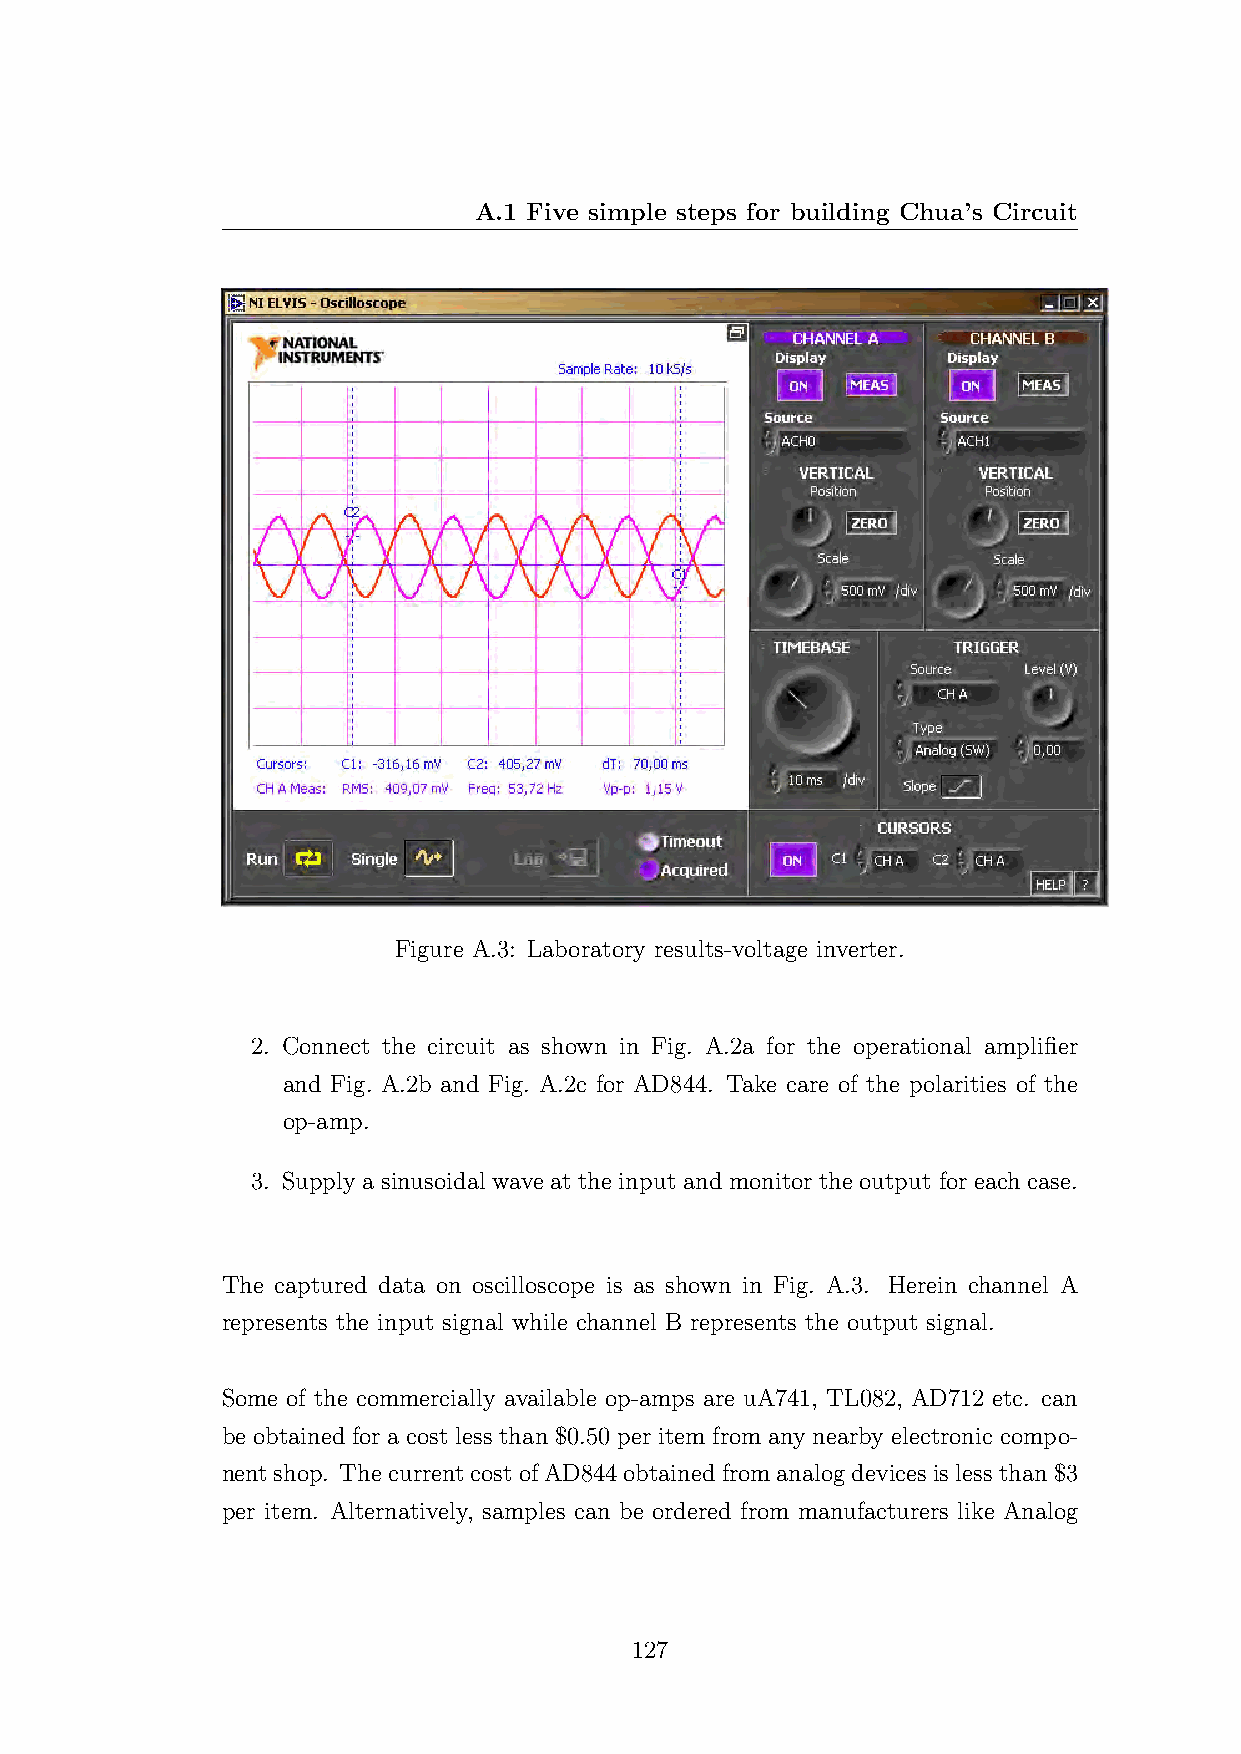
A.1 Five simple steps for building Chua’s Circuit
 Figure A.3: Laboratory results-voltage inverter.
 2. Connect the circuit as shown in Fig. A.2a for the operational amplifier
 and Fig. A.2b and Fig. A.2c for AD844. Take care of the polarities of the
 op-amp.
 3. Supply a sinusoidal wave at the input and monitor the output for each case.
 The captured data on oscilloscope is as shown in Fig. A.3. Herein channel A
 represents the input signal while channel B represents the output signal.
 Some of the commercially available op-amps are uA741, TL082, AD712 etc. can
 be obtained for a cost less than $0.50 per item from any nearby electronic compo-
 nentshop. ThecurrentcostofAD844obtainedfromanalogdevicesislessthan$3
 per item. Alternatively, samples can be ordered from manufacturers like Analog
 127